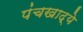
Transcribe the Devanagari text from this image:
पंचखाद्ये